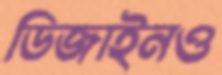
ডিজাইনও